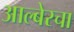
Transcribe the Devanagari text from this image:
आल्बेरचा